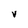
Character: v